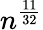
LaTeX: n^{\frac{11}{32}}